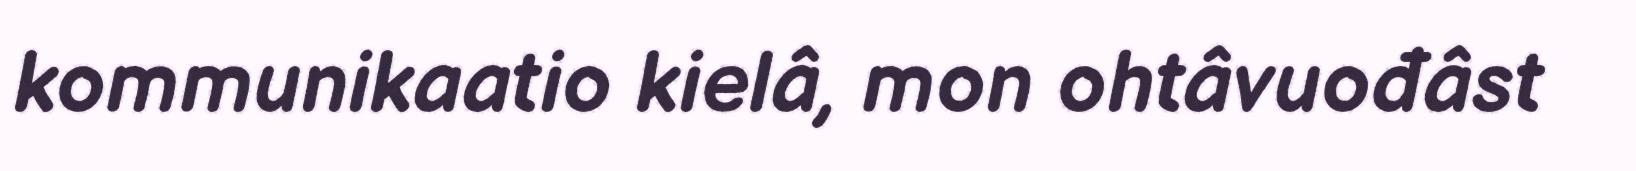
kommunikaatio kielâ, mon ohtâvuođâst